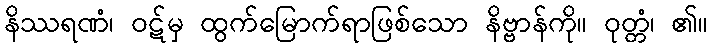
နိဿရဏံ၊ ဝဋ်မှ ထွက်မြောက်ရာဖြစ်သော နိဗ္ဗာန်ကို။ ဝုတ္တံ၊ ၏။